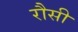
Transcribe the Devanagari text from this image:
रौसी